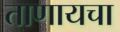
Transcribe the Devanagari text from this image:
ताणायचा